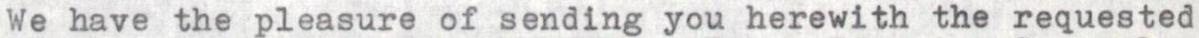
We have the pleasure of sending you herewith the requested